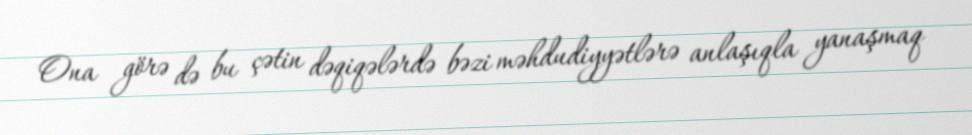
Ona görə də bu çətin dəqiqələrdə bəzi məhdudiyyətlərə anlaşıqla yanaşmaq